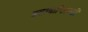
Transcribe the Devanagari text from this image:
इटावानिवासी